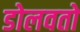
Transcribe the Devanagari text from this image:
डोलवतो